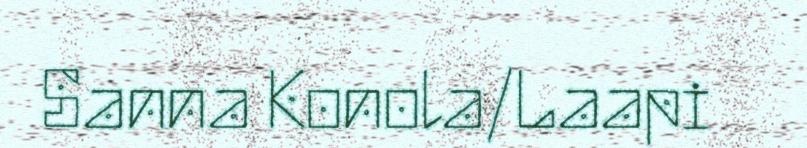
Sanna Konola/Laapi